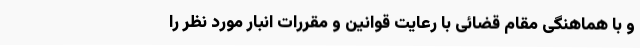
و با هماهنگی مقام قضائی با رعایت قوانین و مقررات انبار مورد نظر را